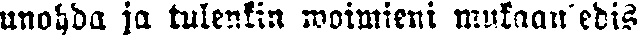
unohda ja tulenkin woimieni mukaan edis